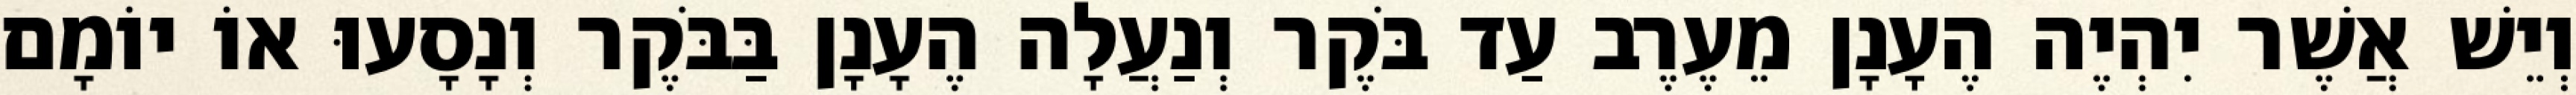
וְיֵשׁ אֲשֶׁר יִהְיֶה הֶעָנָן מֵעֶרֶב עַד בֹּקֶר וְנַעֲלָה הֶעָנָן בַּבֹּקֶר וְנָסָעוּ אוֹ יוֹמָם